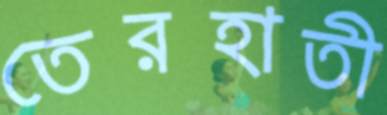
তেরহাতী